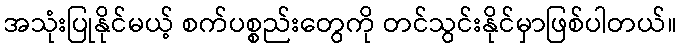
အသုံးပြုနိုင်မယ့် စက်ပစ္စည်းတွေကို တင်သွင်းနိုင်မှာဖြစ်ပါတယ်။